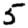
Digit: 5